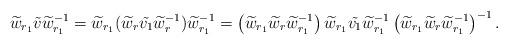
LaTeX: \begin{align*} \widetilde{w}_{r_1}\tilde{v}\widetilde{w}_{r_1}^{-1} & =\widetilde{w}_{r_1}(\widetilde w_r \tilde{v_1} \widetilde w_r^{-1} )\widetilde{w}_{r_1}^{-1} = \left(\widetilde w_{r_1} \widetilde w_r \widetilde w_{r_1}^{-1}\right) \widetilde w_{r_1} \tilde{v_1} \widetilde w_{r_1}^{-1} \left(\widetilde w_{r_1}\widetilde w_r \widetilde w_{r_1}^{-1}\right)^{-1}. \end{align*}